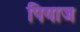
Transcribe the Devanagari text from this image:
पियाज